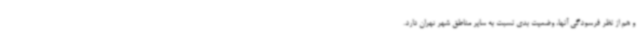
و هم از نظر فرسودگی آنها، وضعیت بدی نسبت به سایر مناطق شهر تهران دارد.